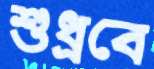
শুধ্‌রবে